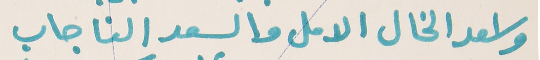
واسعد الخال الامل والسعد النا جاب